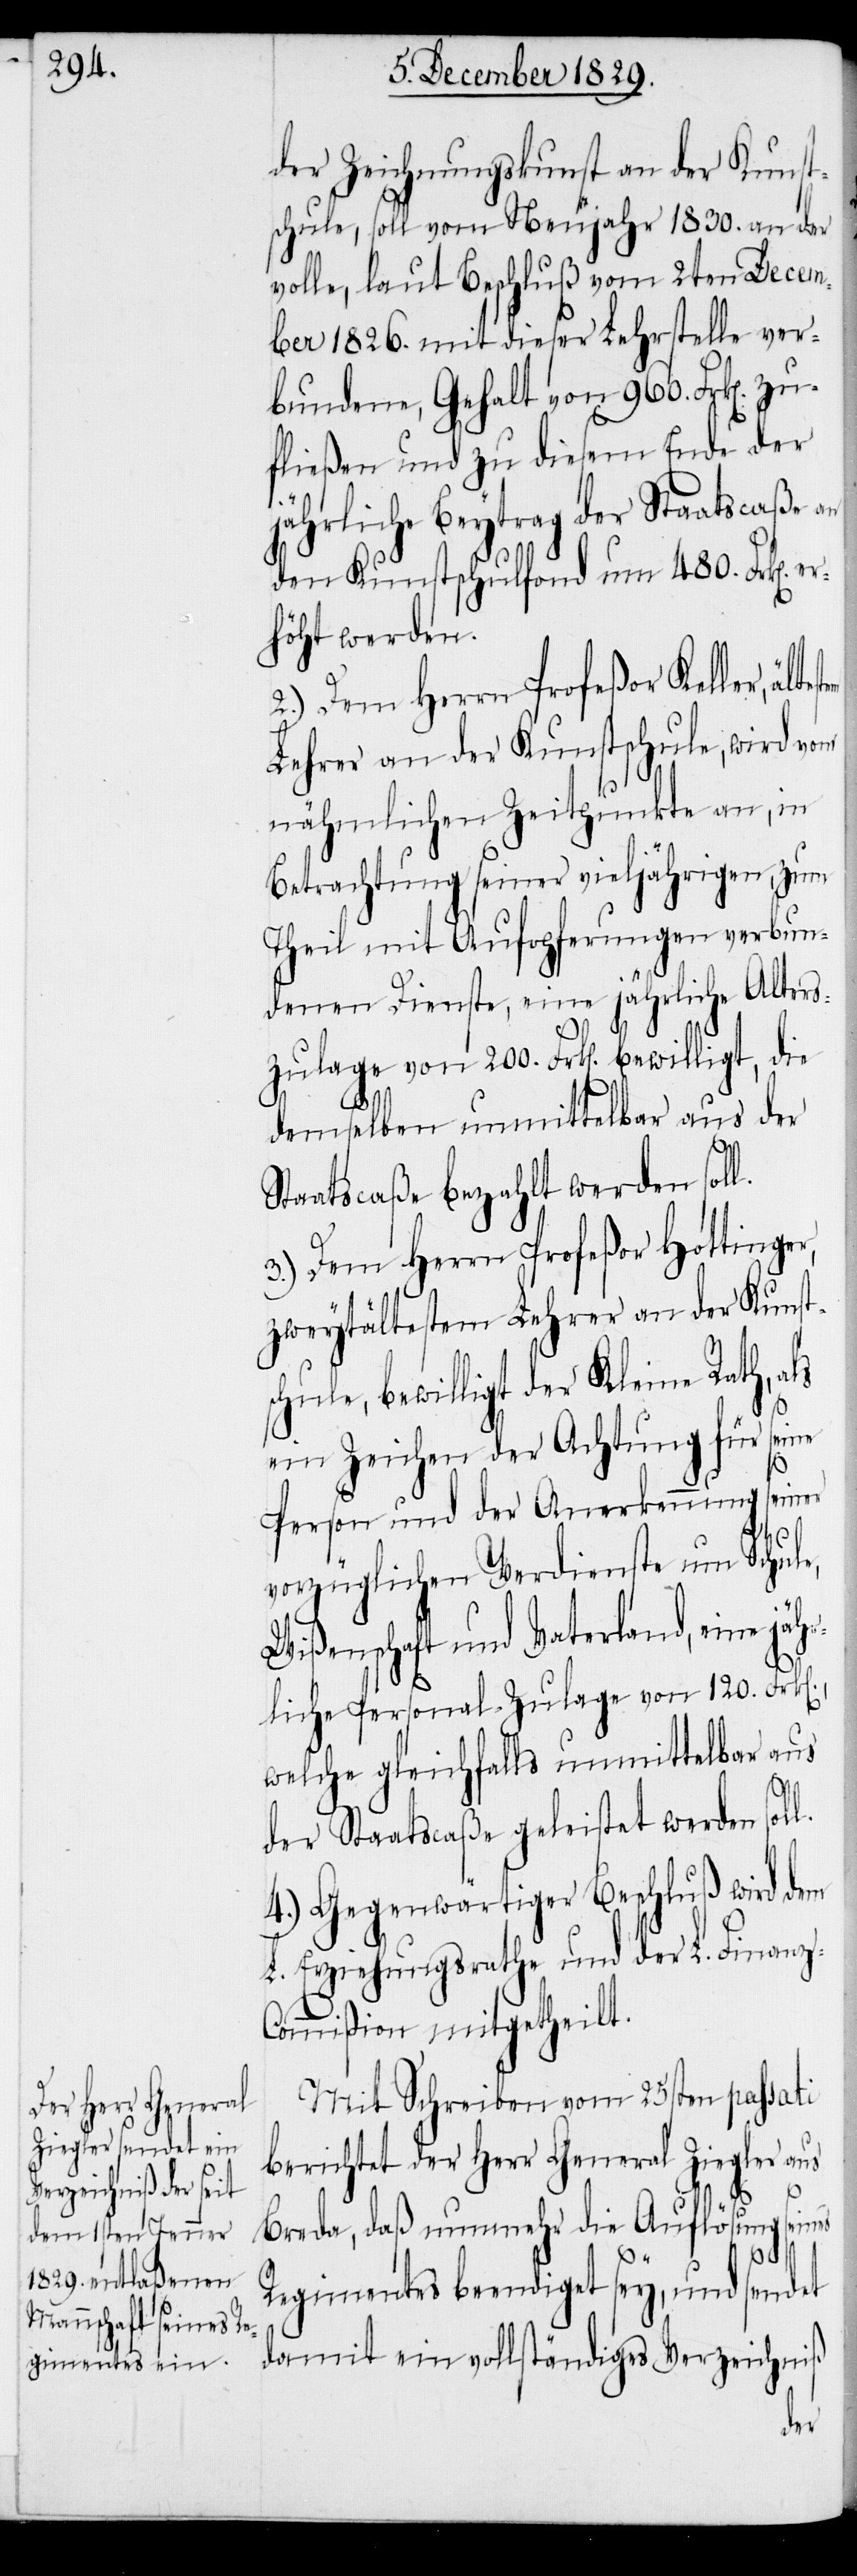
der Zeichnungskunst an der Kunst¬
schule, soll vom Neujahr 1830. an der
volle, laut Beschluß vom 2ten Decem¬
ber 1826. mit dieser Lehrstelle ver¬
bundene, Gehalt von 960. Frk[en].
höht werden.
2.) Dem Herrn Professor Keller,
Lehrer an der Kunstschule, wird von
nähmlichen Zeitpunkte an, in
Betrachtung seiner vieljährigen, zum
Theil mit Aufopferungen verbun¬
denen Dienste, eine jährliche Alters¬
demselben unmittelbar aus der
Staatscaße bezahlt werden sol¬
3.) Dem Herrn Profeßor Hottinger,
zweytältestem Lehrer an der Kunst¬
schule, bewilligt der Kleine Rath, als
ein Zeichen der Achtung für seine
Person und der Anerkennung seiner
vorzüglichen Verdienste um Schule,
Wißenschaft und Vaterland, eine jäh¬
rliche Personal-Zulage von 120. Fr¬
welche gleichfalls unmittelbar aus
es
der Staatscaße geleistet werden
4.) Gegenwärtiger Beschluß wird dem
L. Erziehungsrathe und der L. Finan¬
z-Commißion mitgetheilt.
Mit Schreiben vom 25sten passati
berichtet der Herr General Ziegler aus
Breda, daß nunmehr die Auflösung sein¬
Regimentes beendiget sey, und sendet
damit ein vollständiges Verzeichniß